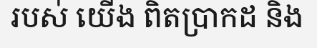
របស់ យើង ពិតប្រាកដ និង